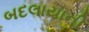
બદલાયાની